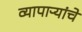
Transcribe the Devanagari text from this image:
व्यापाऱ्यांचे